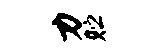
力贮